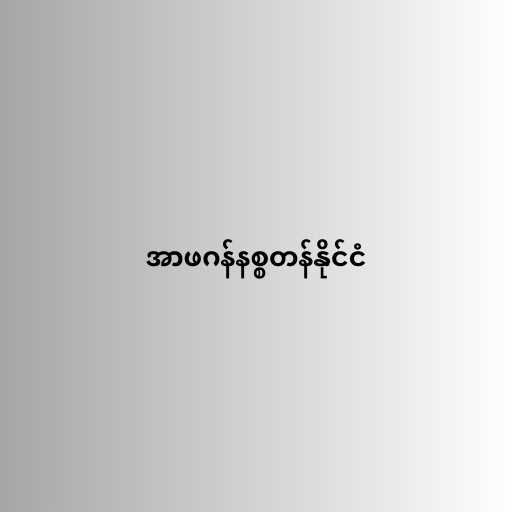
အာဖဂန်နစ္စတန်နိုင်ငံ